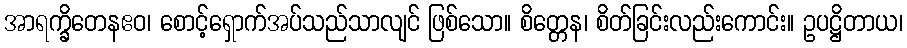
အာရက္ခိတေနဧဝ၊ စောင့်ရှောက်အပ်သည်သာလျင် ဖြစ်သော။ စိတ္တေန၊ စိတ်ခြင်းလည်းကောင်း။ ဥပဋ္ဌိတာယ၊